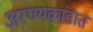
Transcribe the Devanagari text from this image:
अरण्यकांडात